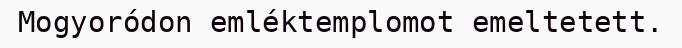
Mogyoródon emléktemplomot emeltetett.